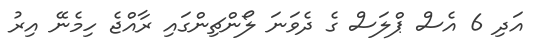
އަދި 6 އެސް ޕްލަސް ގެ ދެވަނަ ލޯންޗިންގައި ރާއްޖެ ހިމެނޭ އިރު